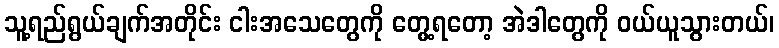
သူ့ရည်ရွယ်ချက်အတိုင်း ငါးအသေတွေကို တွေ့ရတော့ အဲဒါတွေကို ဝယ်ယူသွားတယ်၊